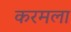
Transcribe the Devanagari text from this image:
करमला